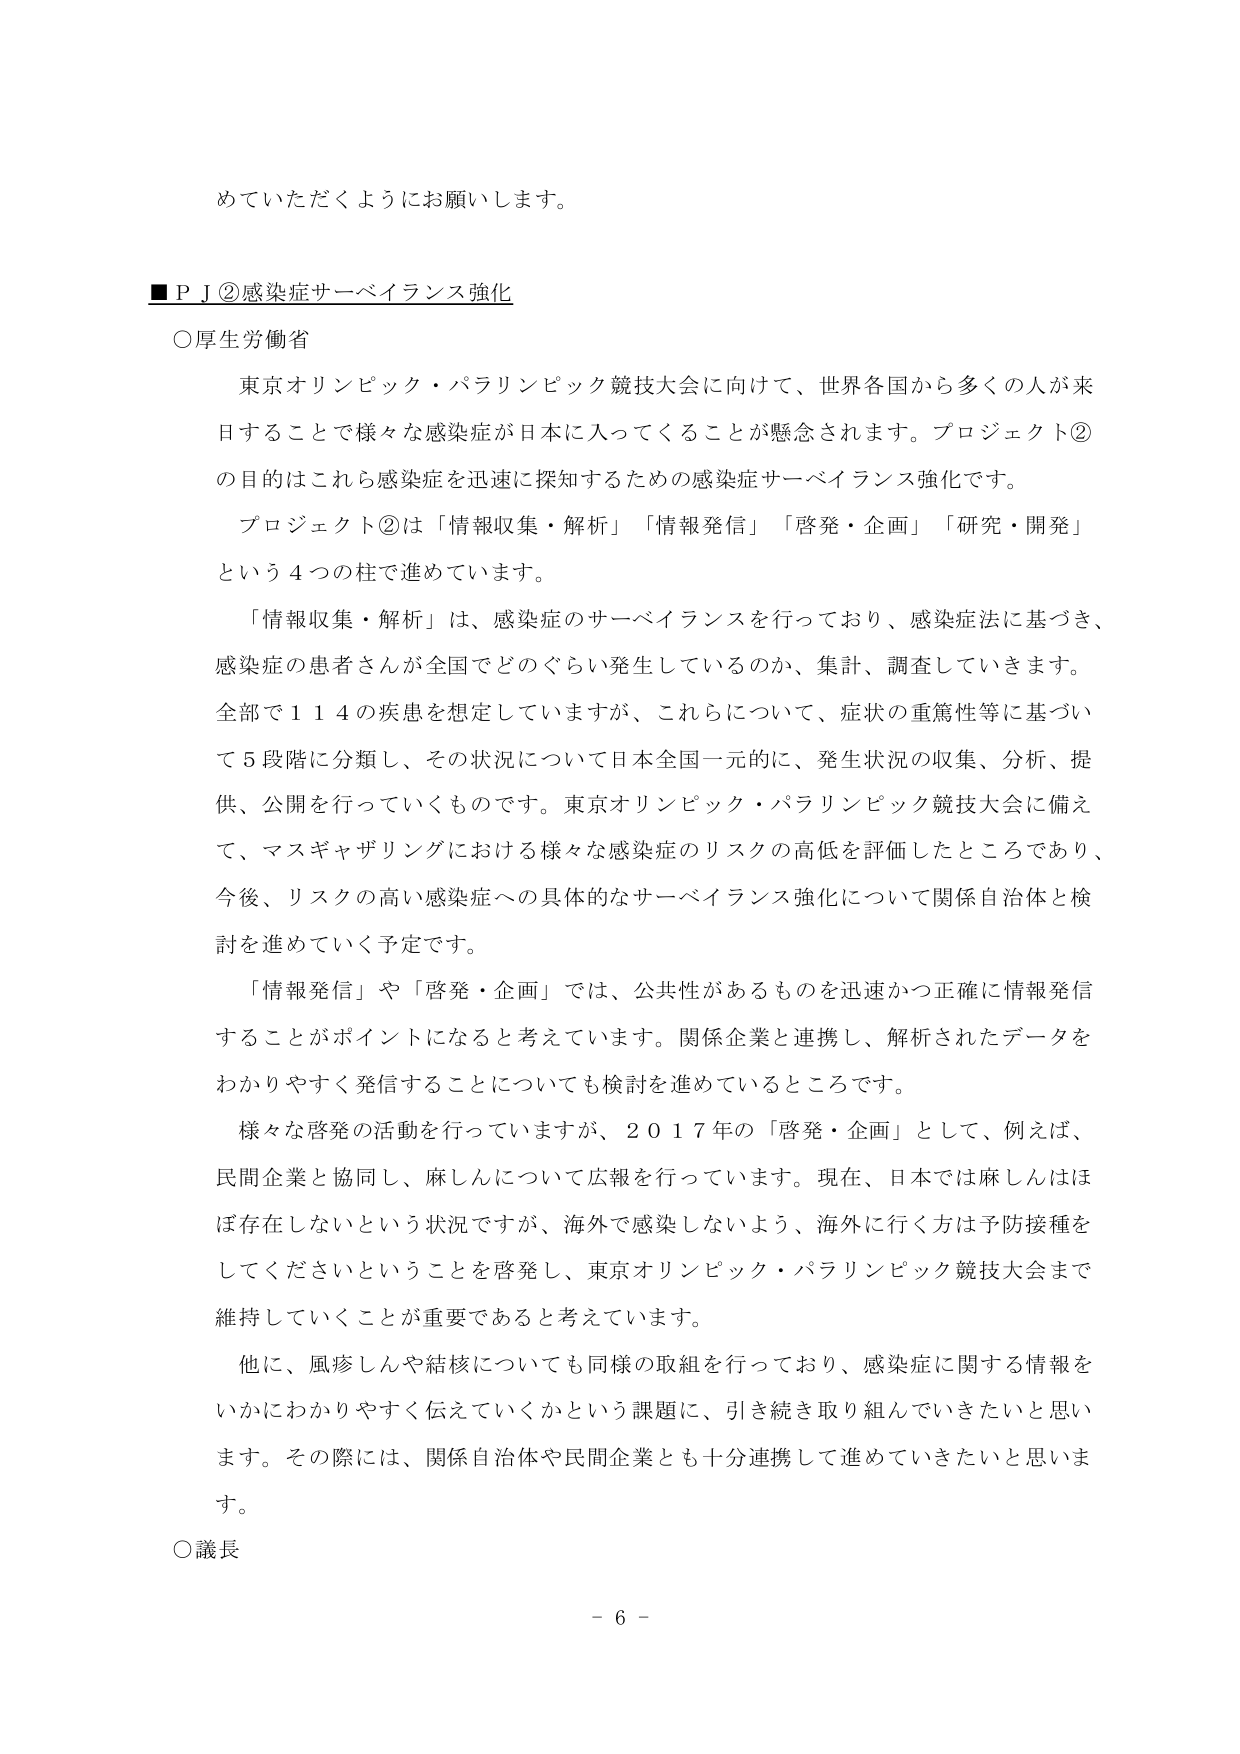
めていただくようにお願いします。

■ＰＪ②感染症サーベイランス強化

○厚生労働省

東京オリンピック・パラリンピック競技大会に向けて、世界各国から多くの人が来
日することで様々な感染症が日本に入ってくることが懸念されます。プロジェクト②
の目的はこれら感染症を迅速に探知するための感染症サーベイランス強化です。

プロジェクト②は「情報収集・解析」「情報発信」「啓発・企画」「研究・開発」
という４つの柱で進めています。

「情報収集・解析」は、感染症のサーベイランスを行っており、感染症法に基づき、
感染症の患者さんが全国でどのぐらい発生しているのか、集計、調査していきます。
全部で１１４の疾患を想定していますが、これらについて、症状の重篤性等に基づい
て５段階に分類し、その状況について日本全国一元的に、発生状況の収集、分析、提
供、公開を行っていくものです。東京オリンピック・パラリンピック競技大会に備え
て、マスギャザリングにおける様々な感染症のリスクの高低を評価したところであり、
今後、リスクの高い感染症への具体的なサーベイランス強化について関係自治体と検
討を進めていく予定です。

「情報発信」や「啓発・企画」では、公共性があるものを迅速かつ正確に情報発信
することがポイントになると考えています。関係企業と連携し、解析されたデータを
わかりやすく発信することについても検討を進めているところです。

様々な啓発の活動を行っていますが、２０１７年の「啓発・企画」として、例えば、
民間企業と協同し、麻しんについて広報を行っています。現在、日本では麻しんはほ
ぼ存在しないという状況ですが、海外で感染しないよう、海外に行く方は予防接種を
してくださいということを啓発し、東京オリンピック・パラリンピック競技大会まで
維持していくことが重要であると考えています。

他に、風疹しんや結核についても同様の取組を行っており、感染症に関する情報を
いかにわかりやすく伝えていくかという課題に、引き続き取り組んでいきたいと思い
ます。その際には、関係自治体や民間企業とも十分連携して進めていきたいと思いま
す。

○議長

－６－